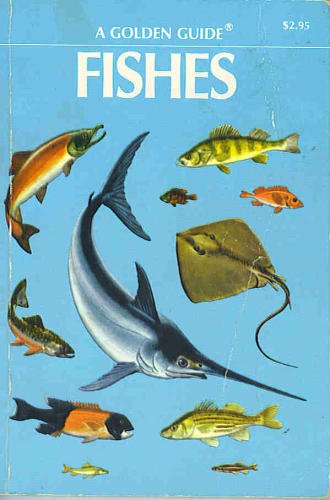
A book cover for Fishes: A guide to fresh and salt-water species; Herbert Spencer Zim; Sports & Outdoors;